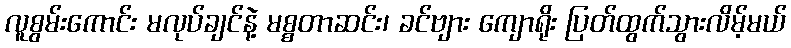
လူစွမ်းကောင်း မလုပ်ချင်နဲ့ မစ္စတာဆင်း၊ ခင်ဗျား ကျောရိုး ပြတ်ထွက်သွားလိမ့်မယ်